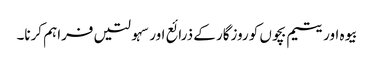
بیوہ اور یتیم بچوں کو روزگار کے ذرائع اور سہولتیں فراہم کرنا۔